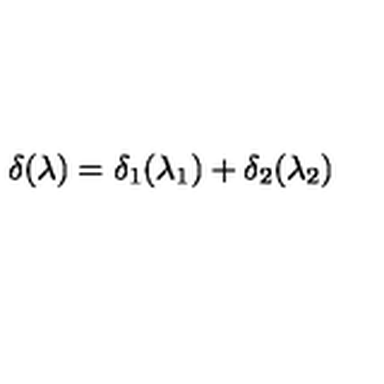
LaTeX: \delta ( \lambda ) = \delta _ { 1 } ( \lambda _ { 1 } ) + \delta _ { 2 } ( \lambda _ { 2 } )